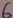
Text: 6